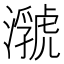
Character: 𤂆